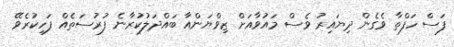
ފަސް ހަފްތާ ވެގެން ދިޔައިރު ވެސް މައުވާއަށް ޒިވްޔަންއާ ބައްދަލުކުރާނެ ފުރުސަތެއް ފަހިކުރެވޭ